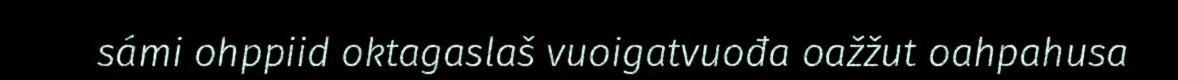
sámi ohppiid oktagaslaš vuoigatvuođa oažžut oahpahusa